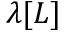
\lambda [ L ]